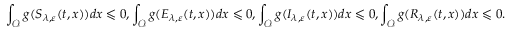
\int _ { \mathcal { O } } g ( S _ { \lambda , \varepsilon } ( t , x ) ) d x \leqslant 0 , \int _ { \mathcal { O } } g ( E _ { \lambda , \varepsilon } ( t , x ) ) d x \leqslant 0 , \int _ { \mathcal { O } } g ( I _ { \lambda , \varepsilon } ( t , x ) ) d x \leqslant 0 , \int _ { \mathcal { O } } g ( R _ { \lambda , \varepsilon } ( t , x ) ) d x \leqslant 0 .